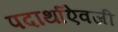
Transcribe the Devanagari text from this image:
पदार्थाऐवजी